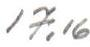
17,16